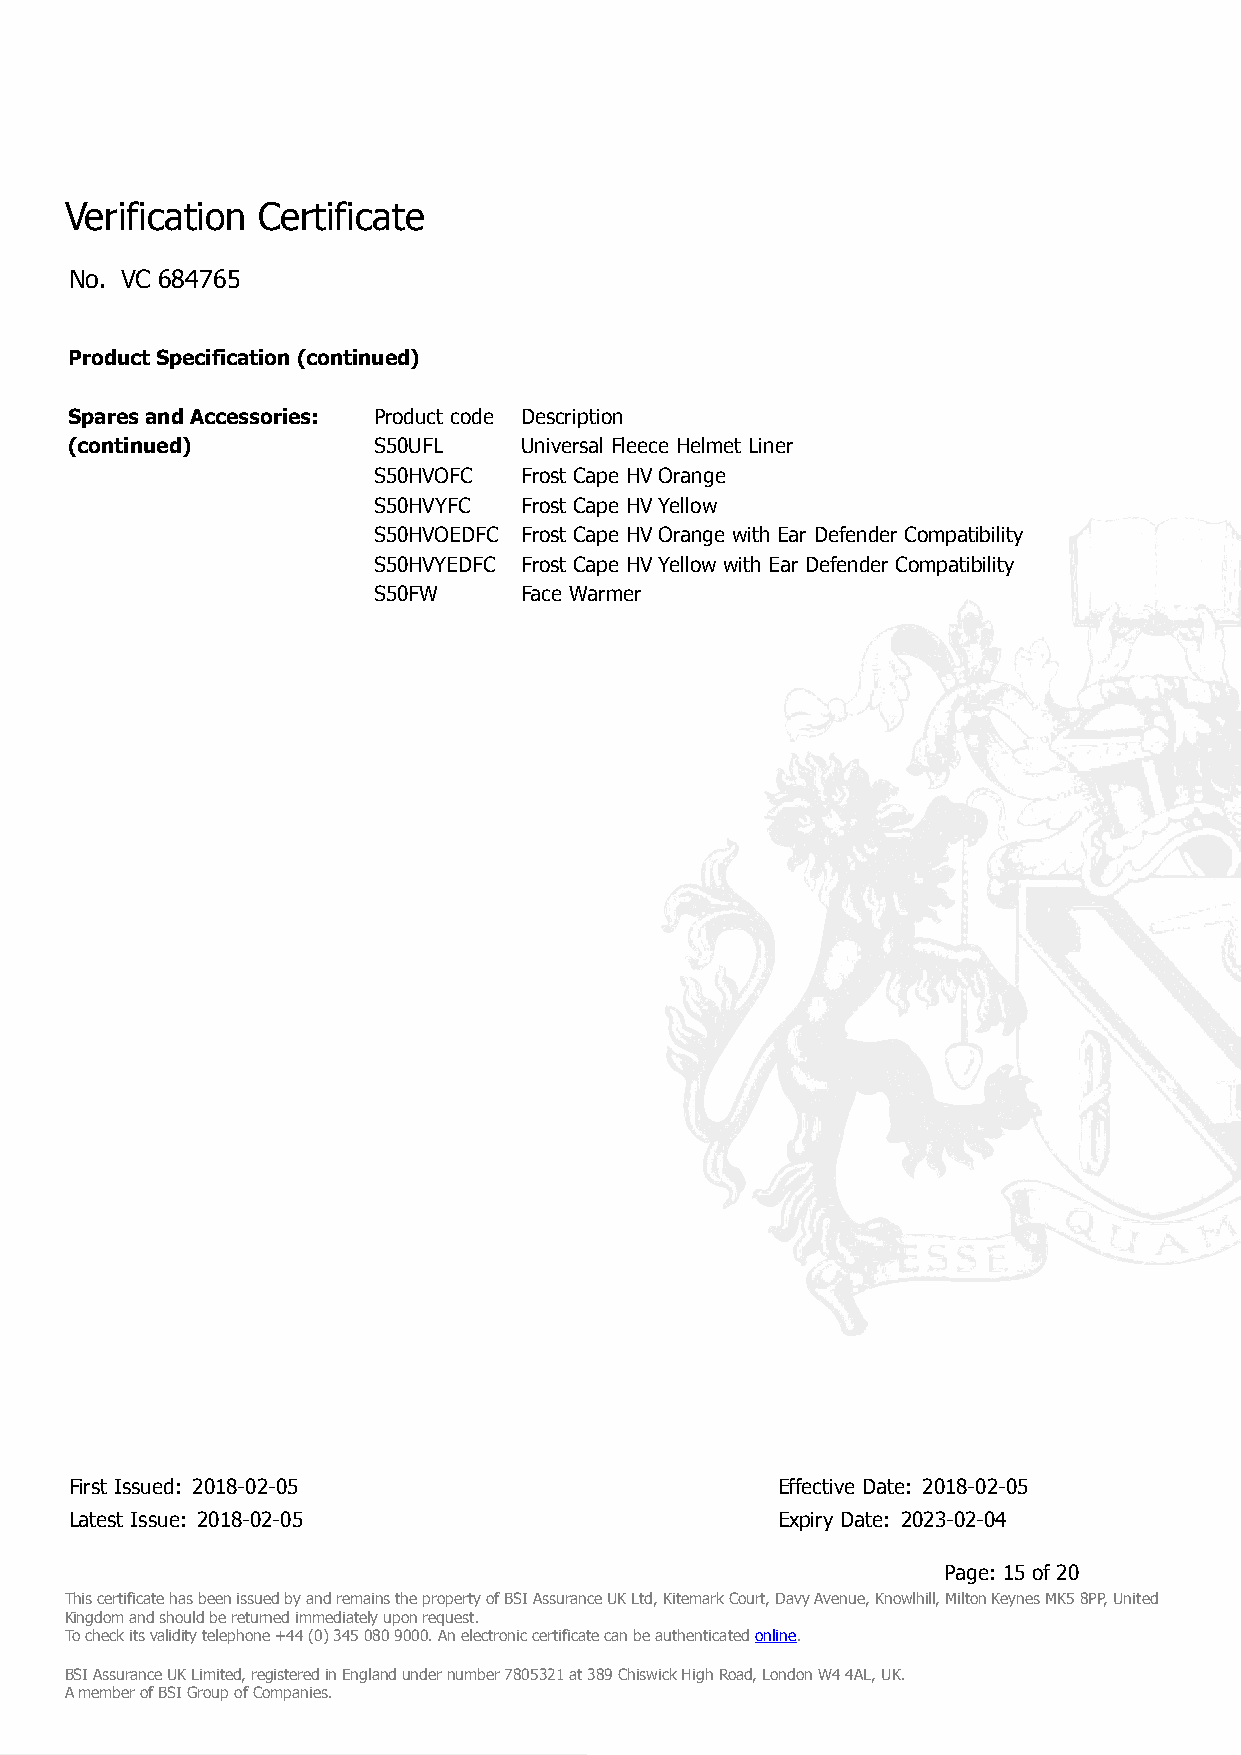
Verification Certificate
 No. VC 684765
 Product Specification (continued)
 Spares and Accessories: Product code Description
 (continued)          S50UFL   Universal Fleece Helmet Liner
 S50HVOFC Frost Cape HV Orange
 S50HVYFC Frost Cape HV Yellow
 S50HVOEDFC Frost Cape HV Orange with Ear Defender Compatibility
 S50HVYEDFC Frost Cape HV Yellow with Ear Defender Compatibility
 S50FW    Face Warmer
 First Issued: 2018-02-05                      Effective Date: 2018-02-05
 Latest Issue: 2018-02-05                      Expiry Date: 2023-02-04
 Page: 15 of 20
 This certificate has been issued by and remains the property of BSI Assurance UK Ltd, Kitemark Court, Davy Avenue, Knowlhill, Milton Keynes MK5 8PP, United
 Kingdom and should be returned immediately upon request.
 To check its validity telephone +44 (0) 345 080 9000. An electronic certificate can be authenticated online.
 BSI Assurance UK Limited, registered in England under number 7805321 at 389 Chiswick High Road, London W4 4AL, UK.
 A member of BSI Group of Companies.